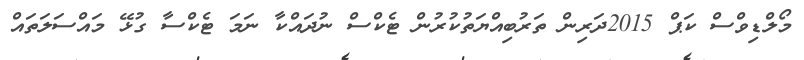
މޯލްޑިވްސް ކަޕް 2015ދަރިން ތަރުބިއްޔަތުކުރުން ޓެކްސް ނުދައްކާ ނަމަ ޓެކްސާ ގުޅޭ މައްސަލަތައް